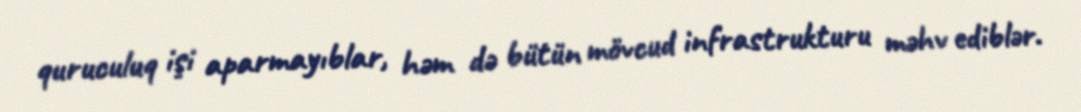
quruculuq işi aparmayıblar, həm də bütün mövcud infrastrukturu məhv ediblər.